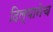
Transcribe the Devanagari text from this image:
दिल्यानेच